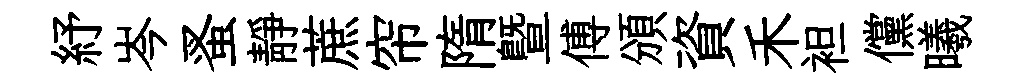
紓岑蚤靜蔗帘隋暨傅頒資禾袒儻曦